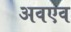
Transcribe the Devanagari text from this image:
अवएव